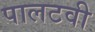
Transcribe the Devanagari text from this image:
पालटवी